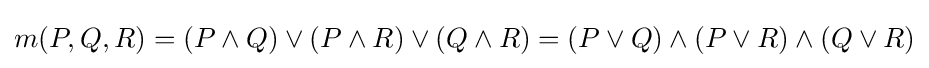
m(P,Q,R)=(P\wedge Q)\vee (P\wedge R)\vee (Q\wedge R)=(P\vee Q)\wedge (P\vee R)\wedge (Q\vee R)